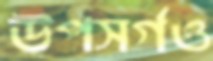
উপসর্গও